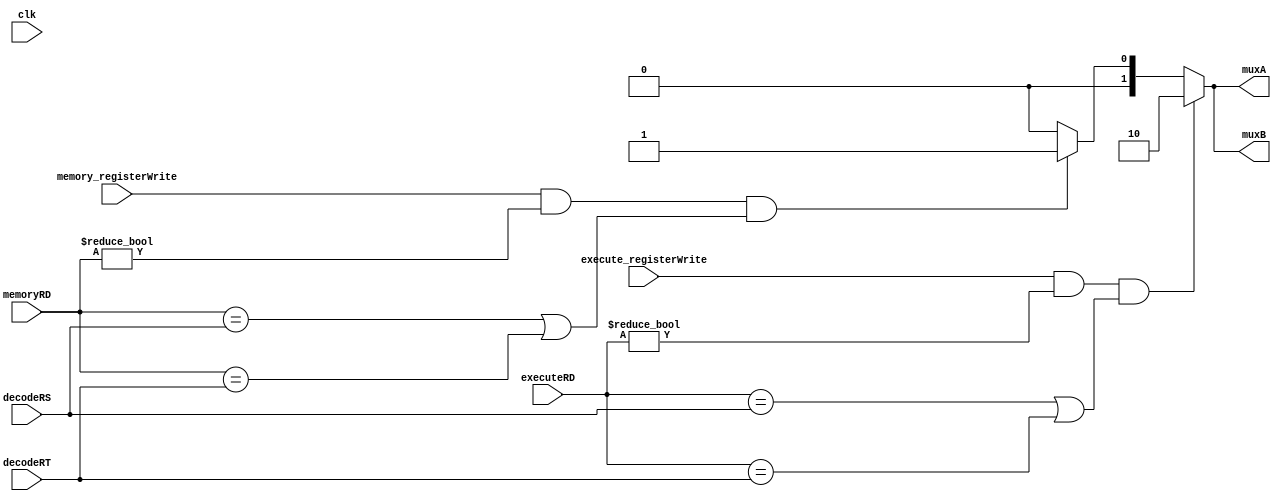

module forwardUnit ( clk,decodeRS,decodeRT,executeRD,memoryRD,execute_registerWrite ,memory_registerWrite ,muxA,muxB);
  
  
  input execute_registerWrite ,memory_registerWrite,clk ;
  input [4:0] decodeRS,decodeRT,executeRD,memoryRD;
  output reg  [1:0] muxA,muxB;

     
  // EXE HAZARD
  always @(*)
    begin
  
  if ((execute_registerWrite==1)  && ( executeRD !=0) && (( executeRD== decodeRS)|| (executeRD== decodeRT)))  
  
    begin
       muxA <= 2;
       muxB <= 2;  //let alu output goes to the mux 
      
    end
  //MEMORY HAZARD 
  
  else if ( (memory_registerWrite==1) && ( memoryRD !=0) && (( memoryRD ==decodeRS)||(memoryRD==decodeRT))  )
      begin
       muxA <= 1 ;
       muxB <= 1 ; 
       end
      else
        begin
        muxA <= 0 ;
       muxB <= 0 ; 
        end
    end
endmodule